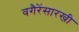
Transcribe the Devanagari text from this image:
वगैरेंसारखी